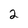
Character: 2